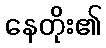
နေတိုး၏